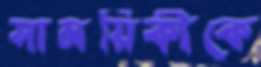
সাময়িকীকে